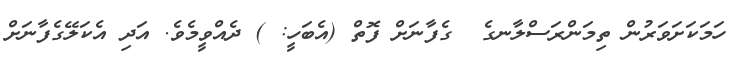
ހަމަކަށަވަރުން ތިމަންރަސްލާނގެ  ގެފާނަށް ފޮތް (އެބަހީ: ) ދެއްވީމެވެ. އަދި އެކަލޭގެފާނަށް